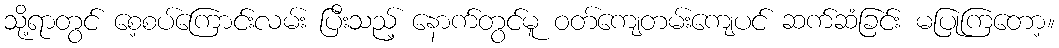
သို့ရာတွင် စေ့စပ်ကြောင်းလမ်း ပြီးသည့် နောက်တွင်မူ ဝတ်ကျေတမ်းကျေပင် ဆက်ဆံခြင်း မပြုကြတော့။